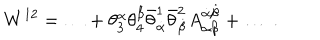
W ^ { 1 2 } = \ldots + \theta _ { 3 } ^ { \alpha } \theta _ { 4 } ^ { \beta } \bar { \theta } _ { \dot { \alpha } } ^ { 1 } \bar { \theta } _ { \dot { \beta } } ^ { 2 } A _ { \alpha \beta } ^ { \dot { \alpha } \dot { \beta } } + \ldots \ .